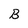
Character: B